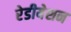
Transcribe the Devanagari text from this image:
रेडीयेशन